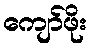
ကျော်ဖိုး